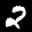
Label: 2